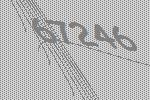
67246